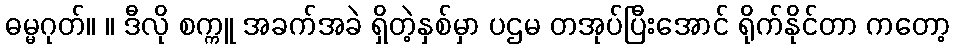
ဓမ္မဂုတ်။ ။ ဒီလို စက္ကူ အခက်အခဲ ရှိတဲ့နှစ်မှာ ပဌမ တအုပ်ပြီးအောင် ရိုက်နိုင်တာ ကတော့